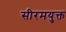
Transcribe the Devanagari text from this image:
सीरमयुक्त